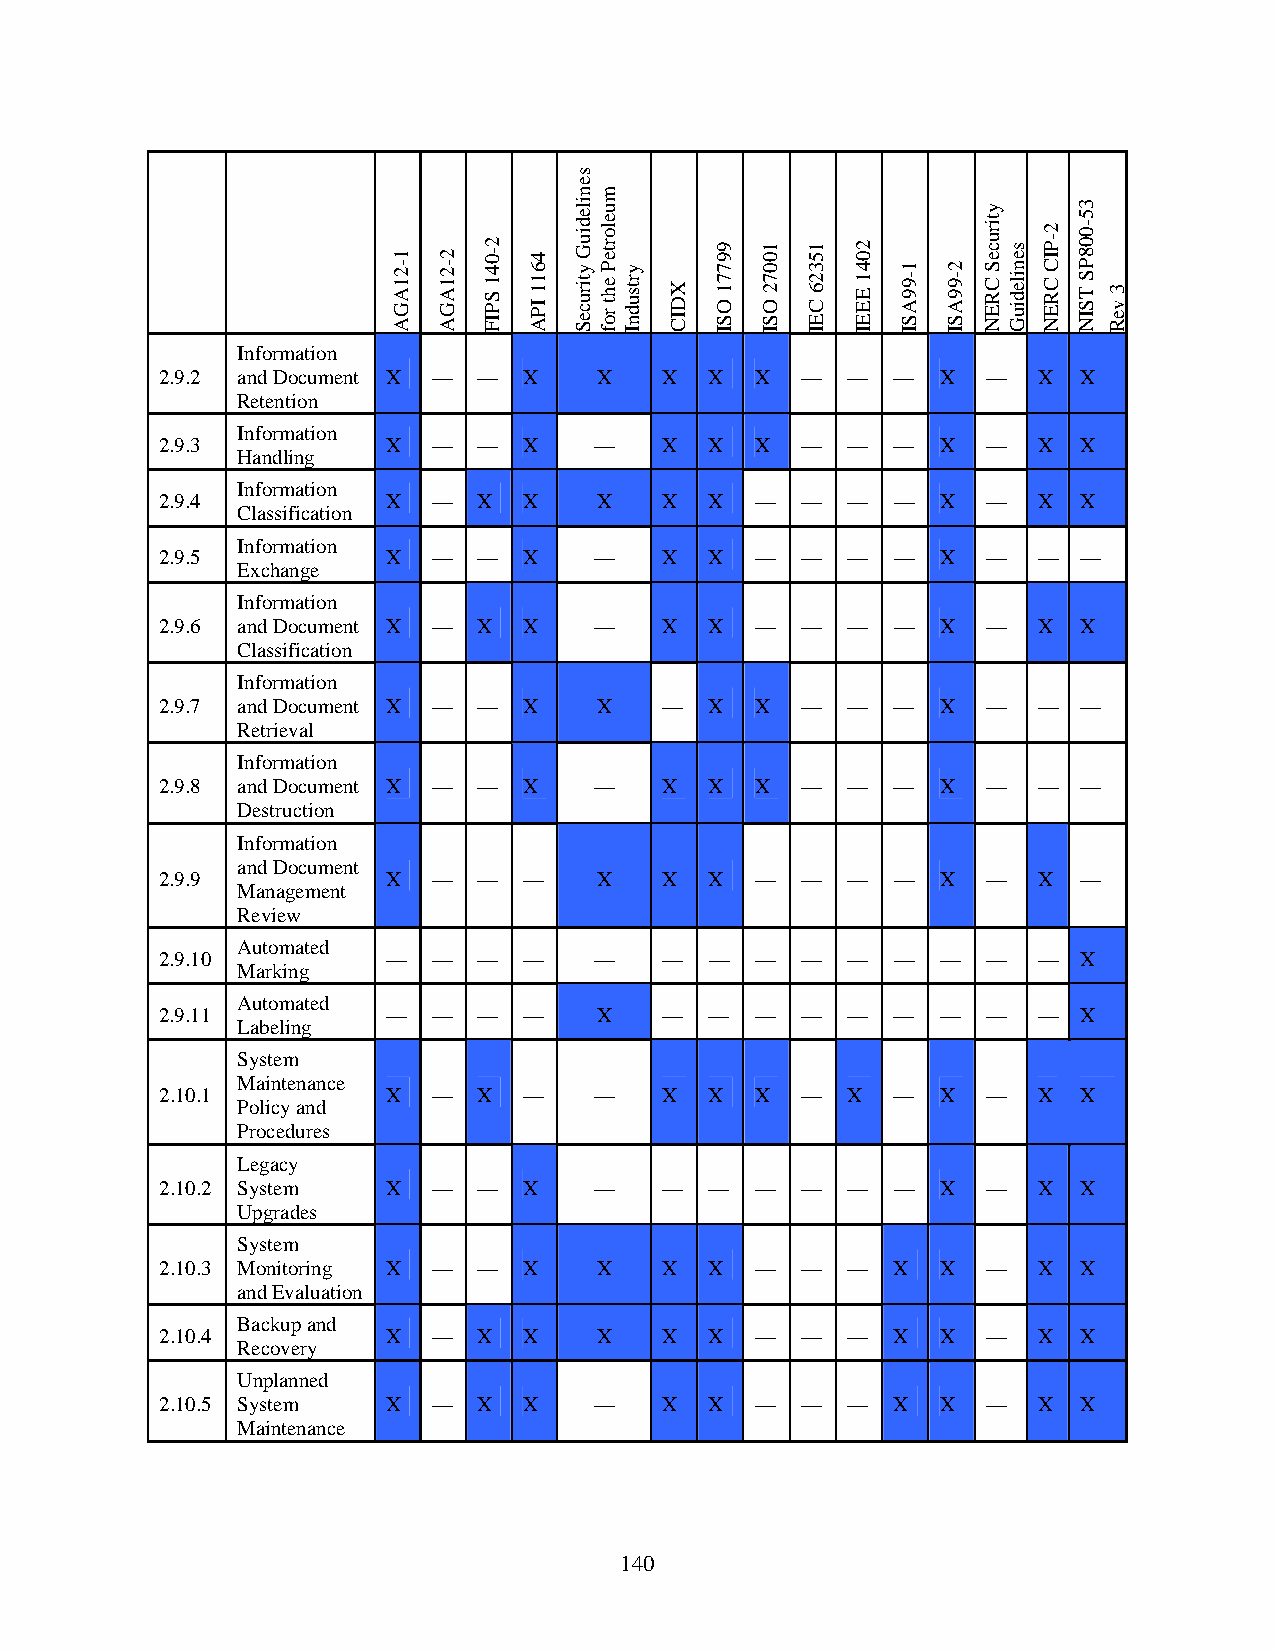
Information
 2.9.2 and Document X — — X   X   X  X  X  —  —  —  X  —   X  X
 Retention
 Information
 2.9.3          X  —  —  X   —    X  X  X  —  —  —  X  —   X  X
 Handling
 Information
 2.9.4          X  —  X  X    X   X  X  —  —  —  —  X  —   X  X
 Classification
 Information
 2.9.5          X  —  —  X   —    X  X  —  —  —  —  X  —   —  —
 Exchange
 Information
 2.9.6 and Document X — X X  —    X  X  —  —  —  —  X  —   X  X
 Classification
 Information
 2.9.7 and Document X — — X   X   —  X  X  —  —  —  X  —   —  —
 Retrieval
 Information
 2.9.8 and Document X — — X  —    X  X  X  —  —  —  X  —   —  —
 Destruction
 Information
 and Document
 2.9.9          X  —  —  —    X   X  X  —  —  —  —  X  —   X —
 Management
 Review
 Automated
 2.9.10         —  —  —  —   —    —  —  —  —  —  —  —  —   —  X
 Marking
 Automated
 2.9.11         —  —  —  —    X   —  —  —  —  —  —  —  —   —  X
 Labeling
 System
 Maintenance
 2.10.1         X  —  X  —   —    X  X  X  —  X  —  X  —   X  X
 Policy and
 Procedures
 Legacy
 2.10.2 System  X  —  —  X   —    —  —  —  —  —  —  X  —   X  X
 Upgrades
 System
 2.10.3 Monitoring X — — X    X   X  X  —  —  —  X  X  —   X  X
 and Evaluation
 Backup and
 2.10.4         X  —  X  X    X   X  X  —  —  —  X  X  —   X  X
 Recovery
 Unplanned
 2.10.5 System  X  —  X  X   —    X  X  —  —  —  X  X  —   X  X
 Maintenance
 140
 1-21AGA 2-21AGA
 2-041
 SPIF
 4611
 IPA
 senilediuG
 ytiruceS
 muelorteP
 eht
 rof
 yrtsudnI
 XDIC
 99771
 OSI
 10072
 OSI
 15326
 CEI
 2041
 EEEI
 1-99ASI 2-99ASI
 ytiruceS
 CREN
 senilediuG
 2-PIC
 CREN
 35-008PS
 TSIN 3
 veR